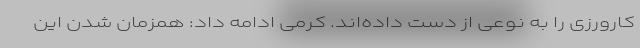
کارورزی را به نوعی از دست داده‌اند. کرمی ادامه داد: همزمان شدن این